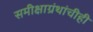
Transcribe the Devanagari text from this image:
समीक्षाग्रंथांचीही